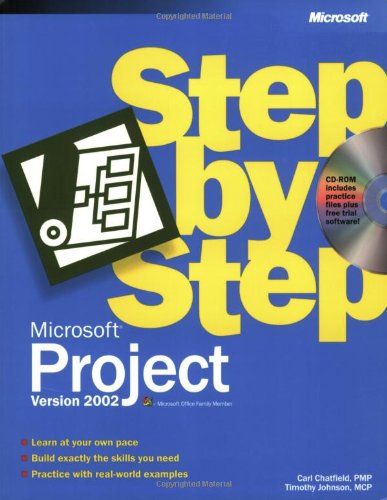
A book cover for MicrosoftÂ® Project Version 2002 Step by Step; Carl Chatfield; Computers & Technology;